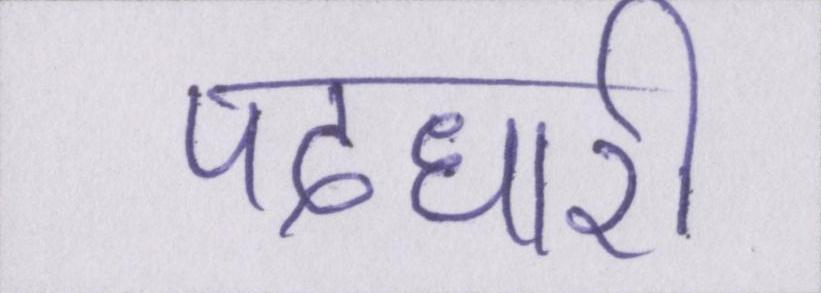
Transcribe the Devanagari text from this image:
पदधारी